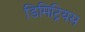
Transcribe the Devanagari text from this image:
डिमिट्रियस